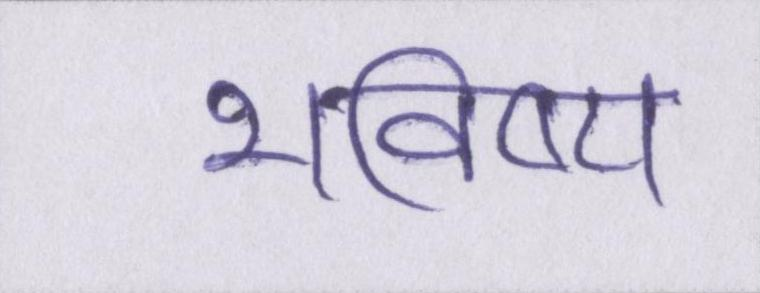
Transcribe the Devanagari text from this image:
भविष्य